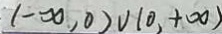
( - \infty , 0 ) > v ( 0 , + \infty )